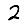
Digit: 2